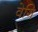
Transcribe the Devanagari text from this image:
वेगि